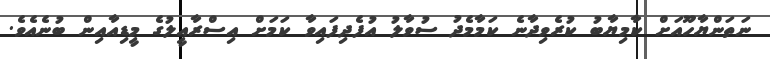
ނަތަންޔާހޫއަށް ކާމިޔާބު ކުރެވިދާނެ ކަމާމެދު ސުވާލު އުފެދިފައިވާ ކަމަށް އިސްރާއީލުގެ މީޑިއާއިން ބުނެއެވެ.